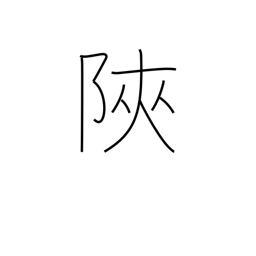
Meaning: narrow